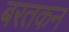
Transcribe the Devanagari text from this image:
बरतकन